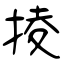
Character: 掕